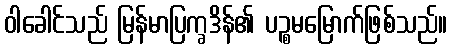
ဝါခေါင်သည် မြန်မာပြက္ခဒိန်၏ ပဉ္စမမြောက်ဖြစ်သည်။